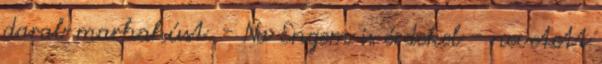
darab marhahúst. - Na Engem is érdekel - nevetett